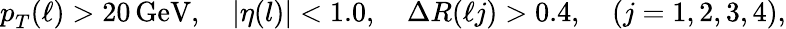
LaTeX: p_{T}^{}(\ell)>20\, \mathrm{GeV},\quad|\eta(l)|<1.0,\quad\Delta R(\ell j)>0.4,\quad(j=1,2,3,4),